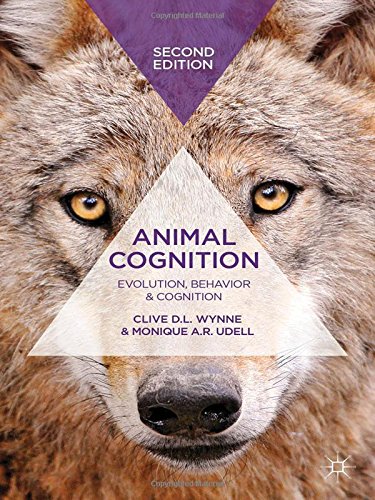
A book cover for Animal Cognition: Evolution, Behavior and Cognition; Clive D.L. Wynne; Medical Books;